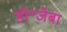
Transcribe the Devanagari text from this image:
डॉ॰जेबा